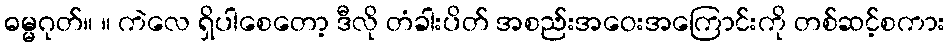
ဓမ္မဂုတ်။ ။ ကဲလေ ရှိပါစေတော့ ဒီလို တံခါးပိတ် အစည်းအဝေးအကြောင်းကို တစ်ဆင့်စကား